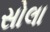
સોલા